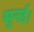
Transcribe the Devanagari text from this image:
सुनई।